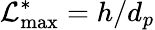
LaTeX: \mathcal{L}_{\mathrm{{max}}}^{\ast}=h/d_{p}